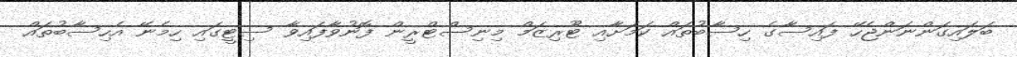
ބަލައިގަންނަންޖެހޭ ފައިސާގެ ހިސާބުތައް ކަމަށާއި ޓޫރިޒަމް މިނިސްޓްރީން ފޮނުވާފައިވާ ސިޓީގައި ހިމެނޭ އެހިސާބުތައް